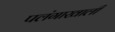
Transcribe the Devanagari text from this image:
पलंगाखाली